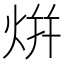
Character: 𭴡